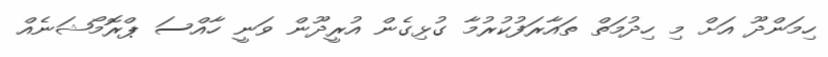
ހިމަންދޫ އަށް މި ހިދުމަތް ތައާރަފުކުރުމާ ގުޅިގެން އުރީދޫން ވަނީ ހާއްސަ ޕްރޮމޯޝަނެއް